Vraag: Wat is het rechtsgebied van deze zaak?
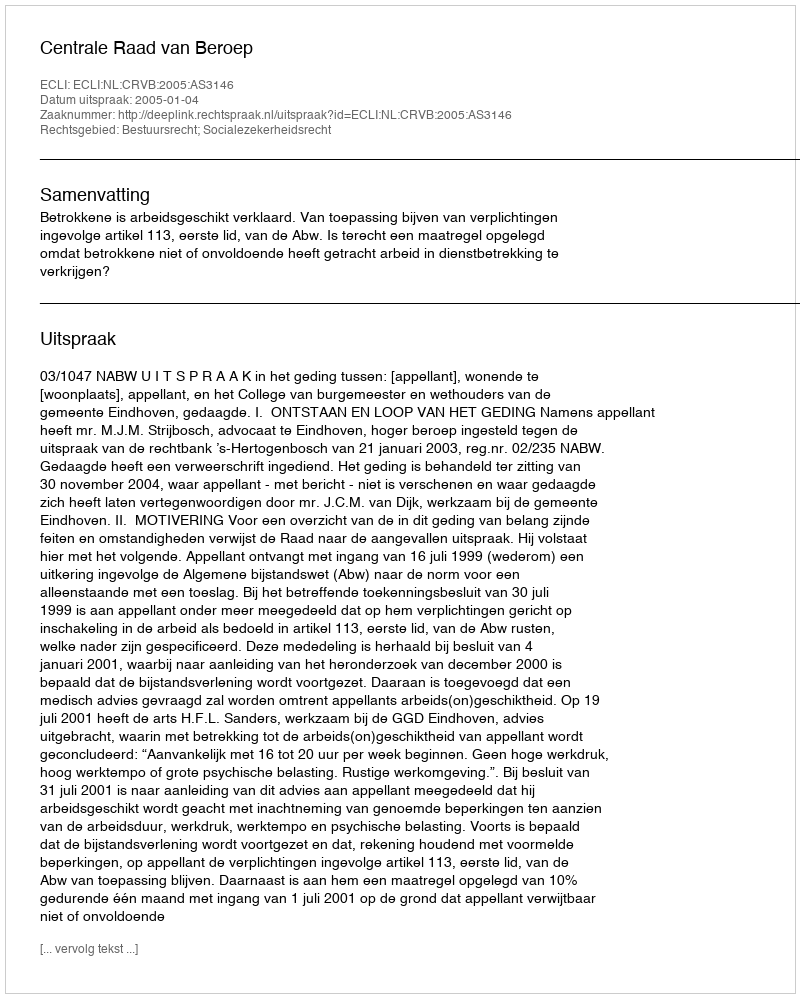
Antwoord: Bestuursrecht; Socialezekerheidsrecht